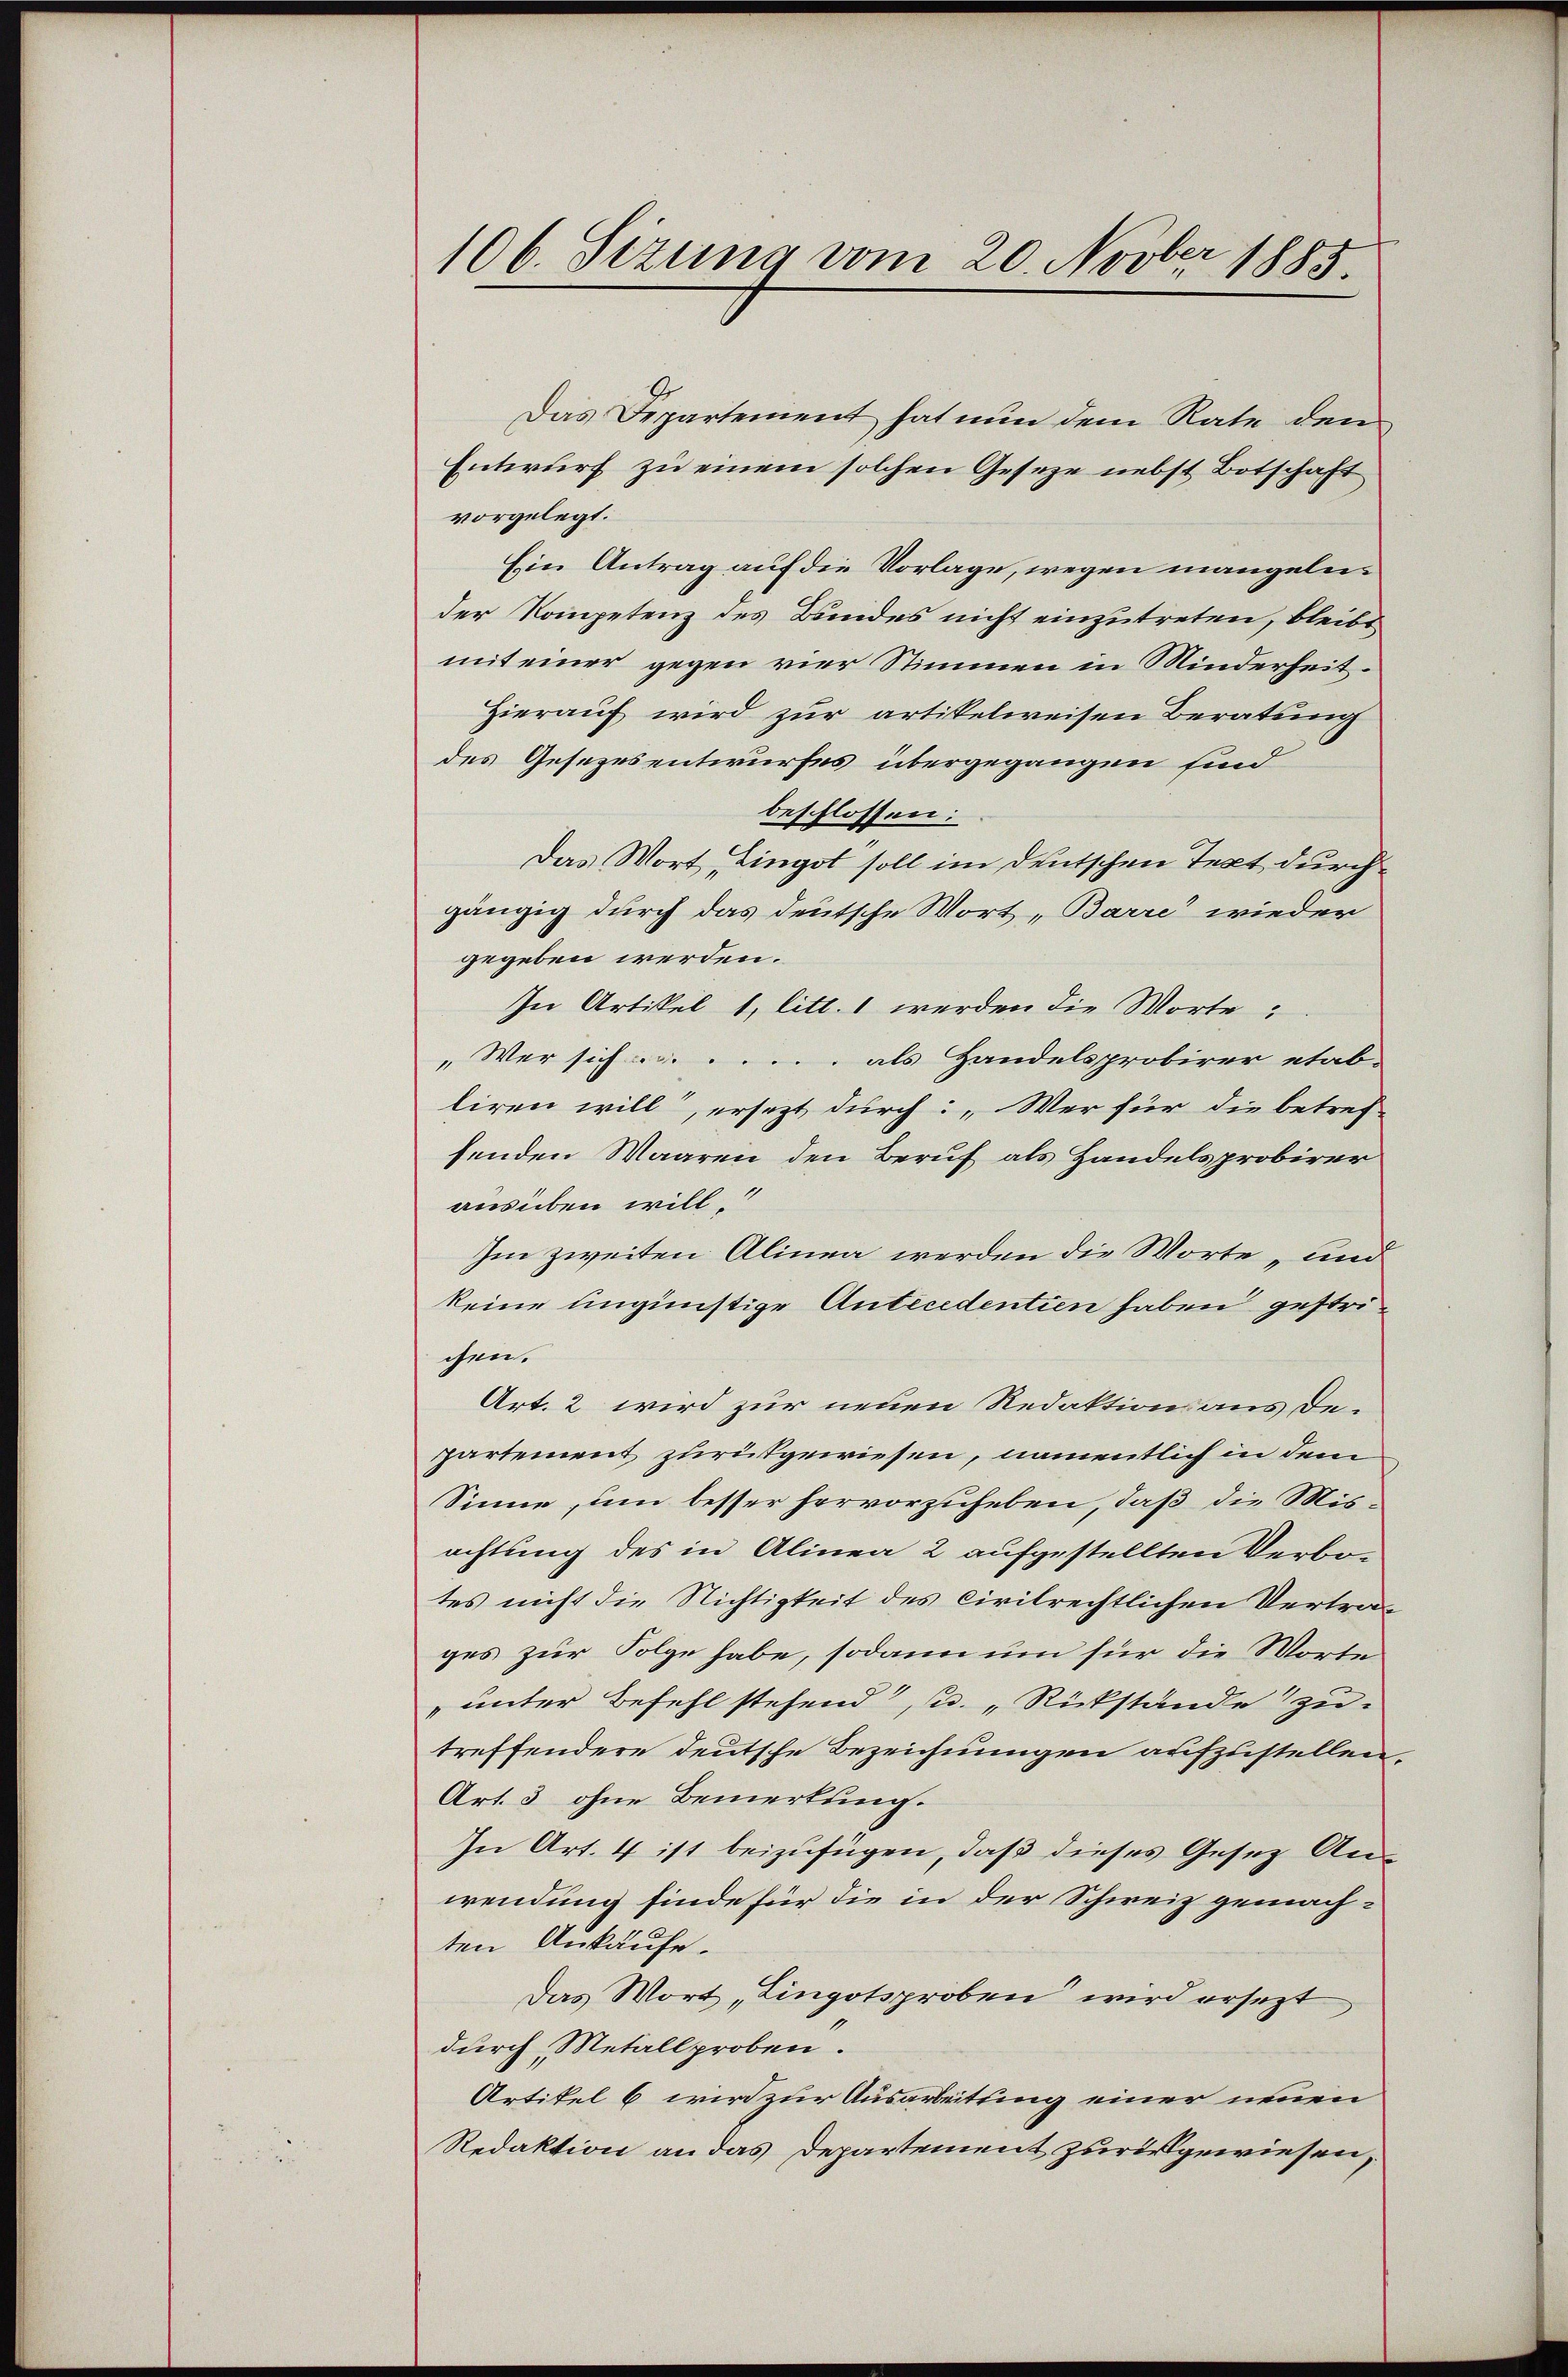
106. Sizung vom 20. Novber 1885.

Das Departement hat nun dem Rate den
Entwurf zu einem solchen Geseze nebst Botschaft
vorgelegt.
Ein Antrag auf die Vorlage, wegen mangeln
der Kompetenz des Bundes nicht einzutreten, bleibt
mit einer gegen vier Stimmen in Minderheit.
Hierauf wird zur artikelweisen Beratung
des Gesezesentwurfes übergegangen sind
beschlossen:
Das Wort „Dingot soll im deutschen Text durchgängig durch das deutsche Wort „Barre wieder
gegeben werden.
In Artikel 1, litt. 1 werden die Worte:
„Wer sich als Handelsprobirer etab-
liren will, ersezt durch: „Wer für die betref-
fenden Waaren den Beruf als Handelsprobirer
ausüben will
Im zweiten Alinen werden die Worte „und
keine ungünstige Antecedentien haben gestrichen.
Art. 2 wird zur neuen Redaktion aus Departement zurükgewiesen, namentlich in dem
Sinne, um besser hervorzuheben, daß die Misachtung des in Alinea 2 aufgestellten Verbotes nicht die Nichtigkeit des civilrechtlichen Vertrages zur Folge habe, sodann um für die Worte
„unter Befehl stehend, u. Rückstände zu
treffendere deutsche Bezeichnungen aufzustellen,
Art. 3 ohne Bemerkung.
In Art. 4 ist beizufügen, daß dieses Gesetz Anwendung finde für die in der Schweiz gemachten Ankaufe.
Das Wort „Lingotsproben wird ersezt,
durch Metallproben.
Artikel 6 wird zur Ausarbeitung einer neuen
Redaktion an das Departement zur gewiesen,